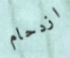
ازدحام